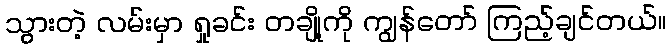
သွားတဲ့ လမ်းမှာ ရှုခင်း တချို့ကို ကျွန်တော် ကြည့်ချင်တယ်။